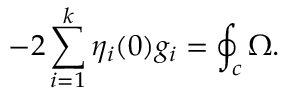
- 2 \sum _ { i = 1 } ^ { k } \eta _ { i } ( 0 ) g _ { i } = \oint _ { c } \Omega .